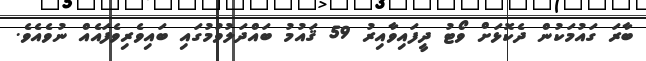
ބާރަ ގައުމަކުން ދެކޮޅަށް ވޯޓު ދީފައިވާއިރު 59 ޤައުމު ބައްދަލުވުމުގައި ބައިވެރިވެފައެއް ނުވެއެވެ.